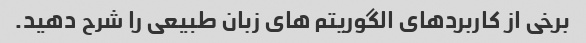
برخی از کاربردهای الگوریتم های زبان طبیعی را شرح دهید.